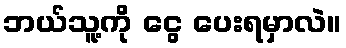
ဘယ်သူ့ကို ငွေ ပေးရမှာလဲ။